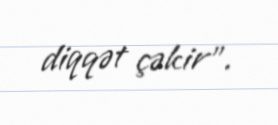
diqqət çəkir".